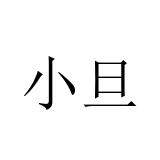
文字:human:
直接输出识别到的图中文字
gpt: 小旦